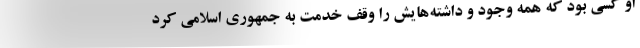
او کسی بود که همه وجود و داشته‌هایش را وقف خدمت به جمهوری اسلامی کرد